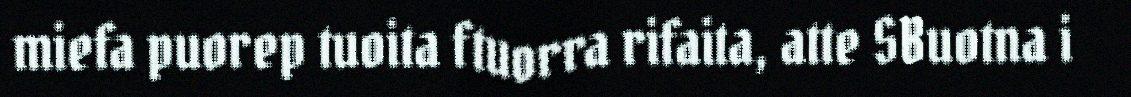
miefa puorep tuoita ftuorra rifaita, atte SBuotna i